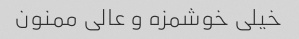
خیلی خوشمزه و عالی ممنون